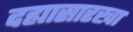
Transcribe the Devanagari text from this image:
दह्यासारखा